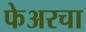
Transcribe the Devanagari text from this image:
फेअरचा